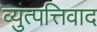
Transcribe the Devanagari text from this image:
व्युत्पत्तिवाद